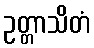
ဥတ္တာသိတံ